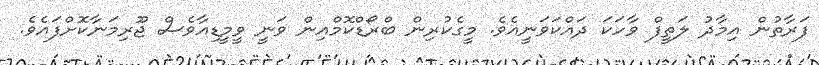
ފަރާތުން އިމާދު ލަތީފް ވާހަކަ ދައްކަވަނީއެވެ. މީގެކުރިން ބްރޯޑްކޮމްއިން ވަނީ ވީމީޑިއާވެސް ޖޫރިމަނާކޮށްފައެވެ.